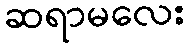
ဆရာမလေး